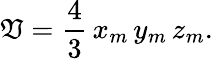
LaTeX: \mathfrak{V}={\frac{{4}}{{3}}}\, x_{m}\, y_{m}\, z_{m}.